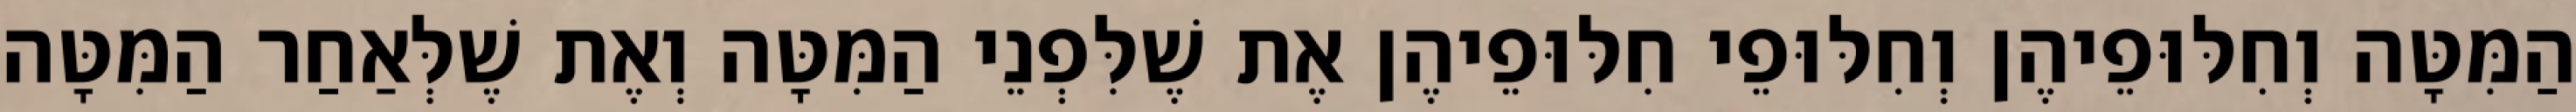
הַמִּטָּה וְחִלּוּפֵיהֶן וְחִלּוּפֵי חִלּוּפֵיהֶן אֶת שֶׁלִּפְנֵי הַמִּטָּה וְאֶת שֶׁלְּאַחַר הַמִּטָּה